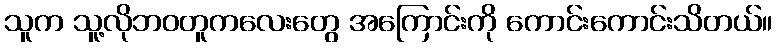
သူက သူ့လိုဘဝတူကလေးတွေ အကြောင်းကို ကောင်းကောင်းသိတယ်။